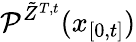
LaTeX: \mathcal{P}^{\tilde{Z}^{T,t}}(x_{[0,t]})